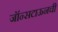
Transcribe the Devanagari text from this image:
जॉन्सटाऊनची